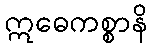
ဣဓေကစ္စာနိ